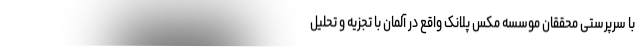
با سرپرستی محققان موسسه مکس پلانک واقع در آلمان با تجزیه و تحلیل